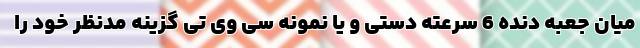
میان جعبه دنده 6 سرعته دستی و یا نمونه سی وی تی گزینه مدنظر خود را